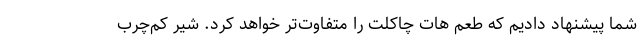
شما پیشنهاد دادیم که طعم هات چاکلت را متفاوت‌تر خواهد کرد. شیر کم‌چرب